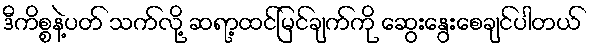
ဒီကိစ္စနဲ့ပတ် သက်လို့ ဆရာ့ထင်မြင်ချက်ကို ဆွေးနွေးစေချင်ပါတယ်